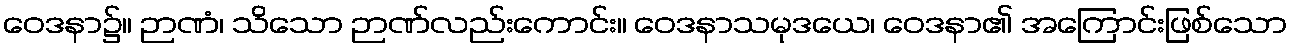
ဝေဒနာ၌။ ဉာဏံ၊ သိသော ဉာဏ်လည်းကောင်း။ ဝေဒနာသမုဒယေ၊ ဝေဒနာ၏ အကြောင်းဖြစ်သော